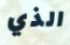
الذي